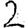
Digit: 2